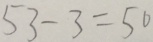
5 3 - 3 = 5 0